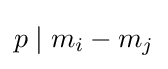
p\mid m_{i}-m_{j}